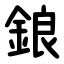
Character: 鋃